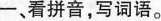
-、看拼音，写词语。